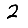
Digit: 2